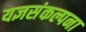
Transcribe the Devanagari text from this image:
यज्ञसंकल्पना